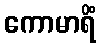
ကောမာရိံ